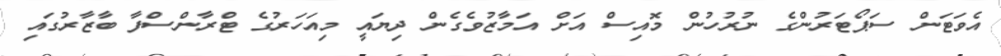
އެވަޓަން ސަޕޯޓަރުންގެ ނުރުހުން މޮއިސް އަށް އަމާޒުވެގެން ދިޔައީ މިއަހަރުގެ ޓްރާންސްފާ ބާޒާރުގައި